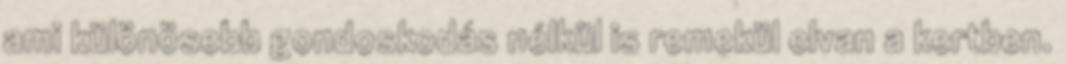
ami különösebb gondoskodás nélkül is remekül elvan a kertben.